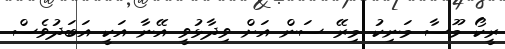
ރީކޯ މޫސާ މަނިކު މިރޭ ސަން އަށް ވިދާޅުވީ އޭނާ އަކީ އަބަދުވެސް